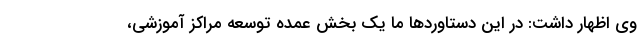
وی اظهار داشت: در این دستاورد‌ها ما یک بخش عمده توسعه مراکز آموزشی،